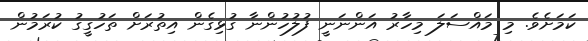
ކަމަށެވެ. މި މައްސަލަ މިހާރު އަންނަނީ ފުލުހުންނާ ގުޅިގެން އިތުރަށް ތަހުގީގު ކުރަމުން